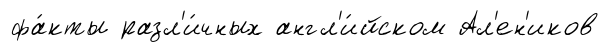
фа́кты разл'и́чных англ'и́йском Ал'ен'иков